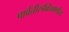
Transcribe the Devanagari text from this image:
पार्वतीरुक्तिमणीय